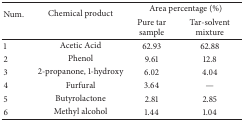
| <ROWSPAN=2> Num. | <ROWSPAN=2> Chemical product | <COLSPAN=2> Area percentage (%) |
 | Pure tar sample | Tar-solvent mixture |
 | --- | --- | --- | --- |
 | 1 | Acetic Acid | 62.93 | 62.88 |
 | 2 | Phenol | 9.61 | 12.8 |
 | 3 | 2-propanone, 1-hydroxy | 6.02 | 4.04 |
 | 4 | Furfural | 3.64 | — |
 | 5 | Butyrolactone | 2.81 | 2.85 |
 | 6 | Methyl alcohol | 1.44 | 1.04 |